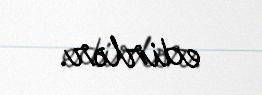
edirlər.